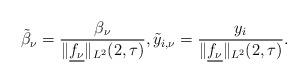
LaTeX: \begin{align*}\tilde{\beta}_\nu = \frac{\beta_\nu}{\|\underline{f_{\nu}}\|_{L^{2}}(2,\tau)}, \tilde{y}_{i, \nu} = \frac{y_i}{\|\underline{f_{\nu}}\|_{L^{2}}(2,\tau)} .\end{align*}